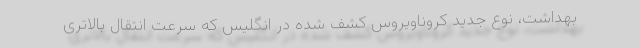
بهداشت، نوع جدید کروناویروس کشف شده در انگلیس که سرعت انتقال بالاتری